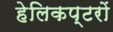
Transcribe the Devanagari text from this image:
हेलिकप्टरों